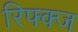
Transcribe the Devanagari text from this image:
रिफ्क्ज